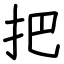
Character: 把